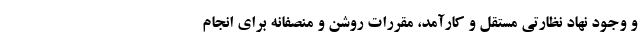
و وجود نهاد نظارتی مستقل و کارآمد، مقررات روشن و منصفانه برای انجام